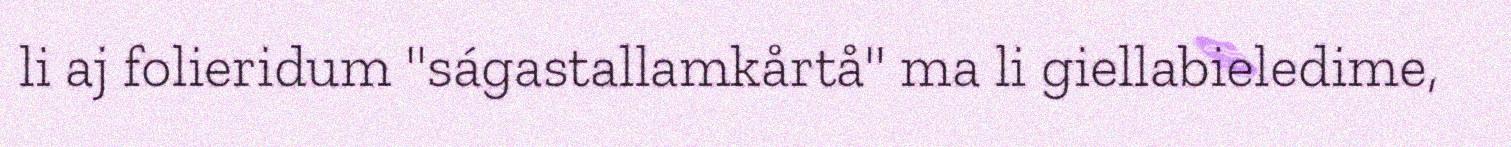
li aj folieridum "ságastallamkårtå" ma li giellabieledime,